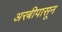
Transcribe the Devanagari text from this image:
अरबीपासून